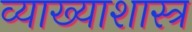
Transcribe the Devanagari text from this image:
व्याख्याशास्त्र